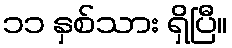
၁၁ နှစ်သား ရှိပြီ။